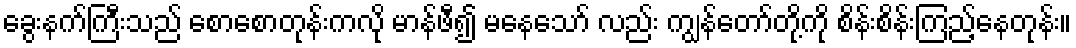
ခွေးနက်ကြီးသည် စောစောတုန်းကလို မာန်ဖီ၍ မနေသော် လည်း ကျွန်တော်တို့ကို စိန်းစိန်းကြည့်နေတုန်း။